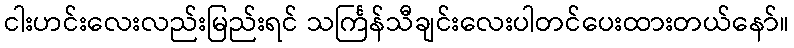
ငါးဟင်းလေးလည်းမြည်းရင် သင်္ကြန်သီချင်းလေးပါတင်ပေးထားတယ်နော်။